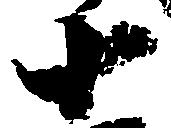
十